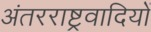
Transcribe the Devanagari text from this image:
अंतरराष्ट्रवादियों